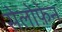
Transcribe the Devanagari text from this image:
सेलोफ़ेन